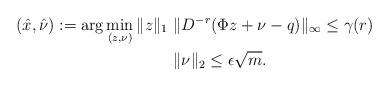
LaTeX: \begin{align*}(\hat{x},\hat{\nu}) := \arg\min\limits_{(z,\nu)}\|z\|_1 \ & \|D^{-r}(\Phi z+\nu-q )\|_\infty \leq \gamma(r) \\ & \|\nu\|_2\leq \epsilon \sqrt m.\end{align*}